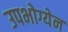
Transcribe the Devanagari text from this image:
उपभोग्येन